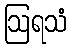
ဩရသံ